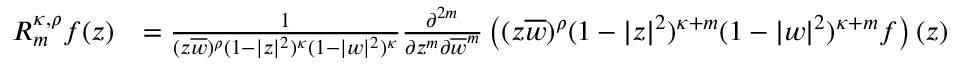
\begin{array} { r l } { R _ { m } ^ { \kappa , \rho } f ( z ) } & { = \frac { 1 } { ( z \overline { { w } } ) ^ { \rho } ( 1 - | z | ^ { 2 } ) ^ { \kappa } ( 1 - | w | ^ { 2 } ) ^ { \kappa } } \frac { \partial ^ { 2 m } } { \partial z ^ { m } \partial \overline { { w } } ^ { m } } \left( ( z \overline { { w } } ) ^ { \rho } ( 1 - | z | ^ { 2 } ) ^ { \kappa + m } ( 1 - | w | ^ { 2 } ) ^ { \kappa + m } f \right) ( z ) } \end{array}